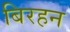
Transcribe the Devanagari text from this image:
बिरहन